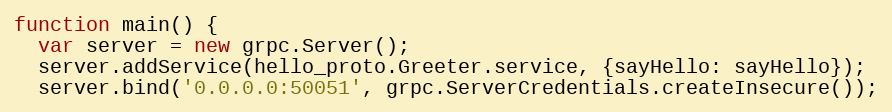
Language: JavaScript
function main() {
  var server = new grpc.Server();
  server.addService(hello_proto.Greeter.service, {sayHello: sayHello});
  server.bind('0.0.0.0:50051', grpc.ServerCredentials.createInsecure());